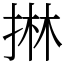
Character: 㨆